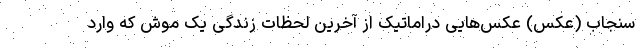
سنجاب (عکس) عکس‌هایی دراماتیک از آخرین لحظات زندگی یک موش که وارد